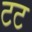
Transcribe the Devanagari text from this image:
टट